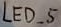
Text: LED_5